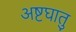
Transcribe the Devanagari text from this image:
अष्टघातु